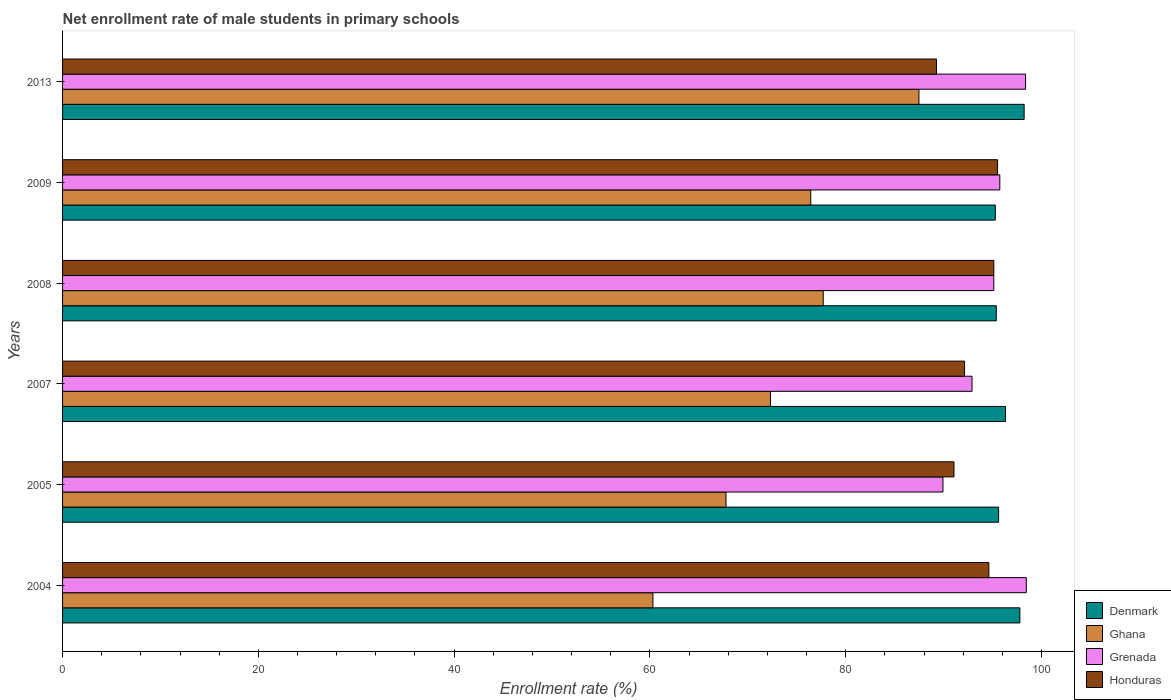
| Years | Denmark | Ghana | Grenada | Honduras |
 | --- | --- | --- | --- | --- |
 | 2004 | 97.8 | 60.3 | 98.4 | 94.6 |
 | 2005 | 95.6 | 67.8 | 89.9 | 91.1 |
 | 2007 | 96.3 | 72.3 | 92.9 | 92.1 |
 | 2008 | 95.4 | 77.7 | 95.1 | 95.1 |
 | 2009 | 95.3 | 76.4 | 95.7 | 95.5 |
 | 2013 | 98.2 | 87.5 | 98.4 | 89.3 |